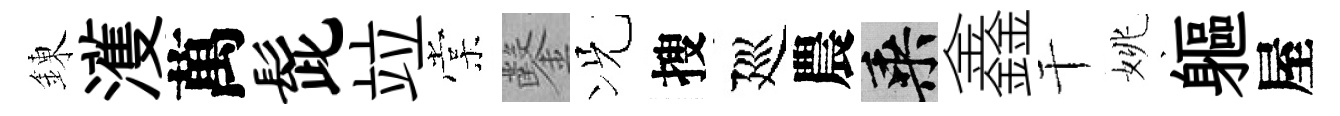
錬濩萬髭竝棠鑿况搜廵農乘鑫干姚軀屋